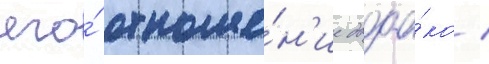
его́ отноше́н'ие двоа́ко /